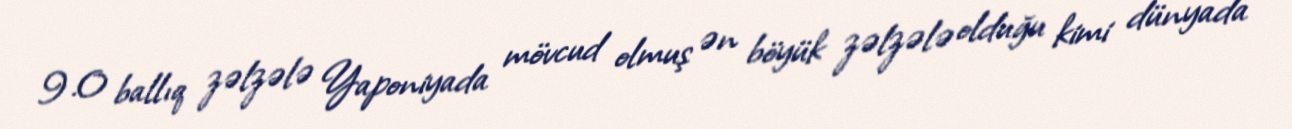
9.0 ballıq zəlzələ Yaponiyada mövcud olmuş ən böyük zəlzələ olduğu kimi dünyada